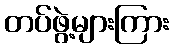
တပ်ဖွဲ့များကြား